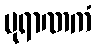
ပုရာဏကံ